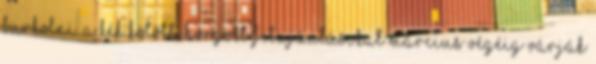
burkolni. A kék kötött, horgolt felajánlásokat március végéig várják